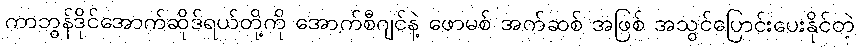
ကာဘွန်ဒိုင်အောက်ဆိုဒ်ရယ်တို့ကို အောက်စီဂျင်နဲ့ ဖောမစ် အက်ဆစ် အဖြစ် အသွင်ပြောင်းပေးနိုင်တဲ့